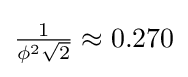
{\tfrac {1}{\phi ^{2}{\sqrt {2}}}}\approx 0.270